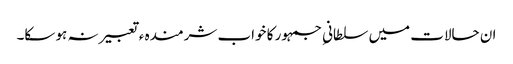
ان حالات میں سلطانیِ جمہور کا خواب شرمندہ ء تعبیر نہ ہو سکا۔